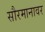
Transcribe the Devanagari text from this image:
सौरमानावर